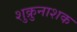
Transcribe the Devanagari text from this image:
शुक्रुनाशक